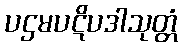
ပဌမပဋိပဒါသုတ္တံ